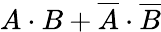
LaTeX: A\cdot B+{\overline{{A}}}\cdot{\overline{{B}}}